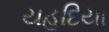
યહૂદિયા